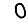
Digit: 0